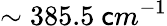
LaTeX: \sim385.5\ \mathsf{c}m^{-1}